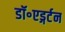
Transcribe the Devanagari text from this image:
डॉ॰एड्गर्टन